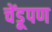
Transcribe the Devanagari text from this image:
चेंडूपण